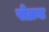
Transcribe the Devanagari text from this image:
सेक्रड